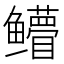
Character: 𱈛